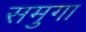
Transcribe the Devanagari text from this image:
समुगा